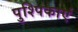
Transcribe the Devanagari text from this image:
पुश्पिकाएं